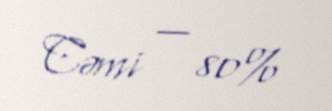
Cəmi — 80%